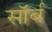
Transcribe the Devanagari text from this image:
सॉर्ब